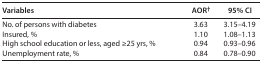
<table><thead><tr><td><b>Variables</b></td><td><b>AOR<sup>†</sup></b></td><td><b>95% CI</b></td></tr></thead><tbody><tr><td>No. of persons with diabetes</td><td>3.63</td><td>3.15–4.19</td></tr><tr><td>Insured, %</td><td>1.10</td><td>1.08–1.13</td></tr><tr><td>High school education or less, aged ≥25 yrs, %</td><td>0.94</td><td>0.93–0.96</td></tr><tr><td>Unemployment rate, %</td><td>0.84</td><td>0.78–0.90</td></tr></tbody></table>